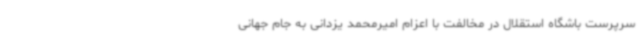
سرپرست باشگاه استقلال در مخالفت با اعزام امیرمحمد یزدانی به جام جهانی